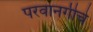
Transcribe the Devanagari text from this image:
परवानगीचे